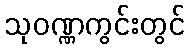
သုဝဏ္ဏကွင်းတွင်